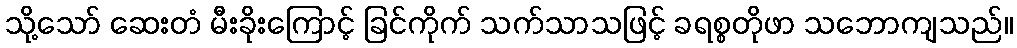
သို့သော် ဆေးတံ မီးခိုးကြောင့် ခြင်ကိုက် သက်သာသဖြင့် ခရစ္စတိုဖာ သဘောကျသည်။